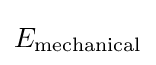
E_{\text{mechanical}}